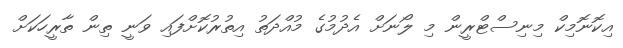
އިކޮނޮމިކް މިނިސްޓްރީން މި ލޯނަށް އެދުމުގެ މުއްދަތު އިތުރުކޮށްފައި ވަނީ ތިން ތާރީހަކަށް